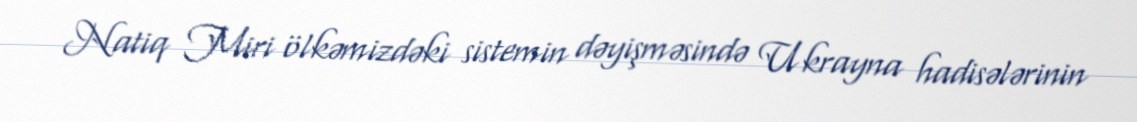
Natiq Miri ölkəmizdəki sistemin dəyişməsində Ukrayna hadisələrinin